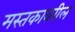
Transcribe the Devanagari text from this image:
मस्तकावरील